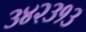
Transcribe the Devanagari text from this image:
३४२३१३